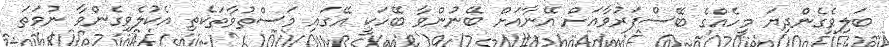
ބަލިވެގެންދިޔަ މީހެއްގެ ބޭސްފަރުވާއަށް އޭނާއަށް ބޭނުންވާ ބޭހަކީ އޭގައި މަސްތުވާތަކެތި އެކުލެވިގެންވާ ނުވަތަ